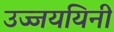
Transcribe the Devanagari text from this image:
उज्जययिनी